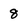
Character: 8